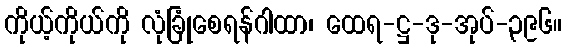
ကိုယ့်ကိုယ်ကို လုံခြုံစေရန်ဂါထာ၊ ထေရ-ဋ္ဌ-ဒု-အုပ်-၃၉၆။